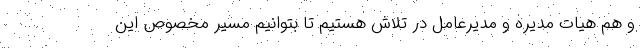
و هم هیات مدیره و مدیرعامل در تلاش هستیم تا بتوانیم مسیر مخصوص این